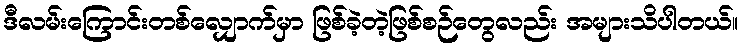
ဒီလမ်းကြောင်းတစ်လျှောက်မှာ ဖြစ်ခဲ့တဲ့ဖြစ်စဉ်တွေလည်း အများသိပါတယ်။